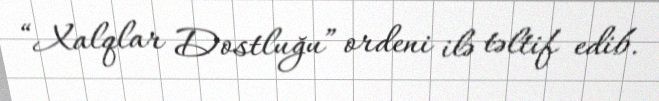
“Xalqlar Dostluğu” ordeni ilə təltif edib.